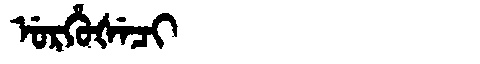
Manchu: ᡠᡵᡥᡠᡧᡝᠴᡳ
Romanization: URHUŠECI